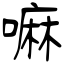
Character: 嘛